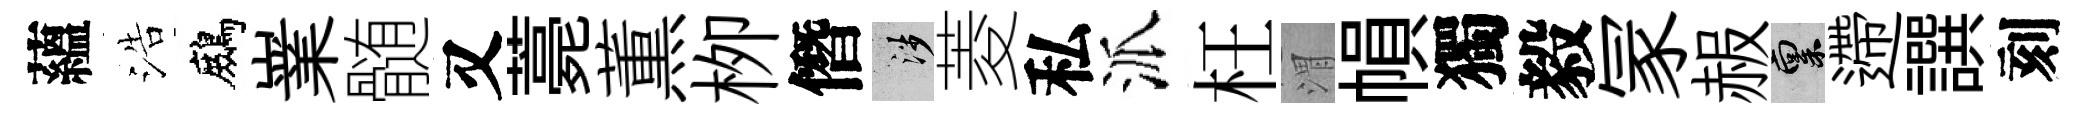
蘊浩鷓嶪髄又薧薫栁僭涉菱私派枉渭𢄙獨毅冡赧禀遰譔刻